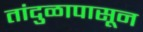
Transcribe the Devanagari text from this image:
तांदुळापासून